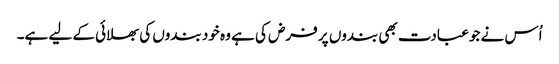
اُس نے جو عبادت بھی بندوں پر فرض کی ہے وہ خود بندوں کی بھلائی کے لیے ہے۔